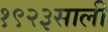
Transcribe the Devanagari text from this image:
१९२३साली